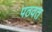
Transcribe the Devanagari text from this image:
पठवत